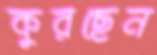
কুরছেন